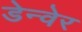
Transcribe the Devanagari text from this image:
डेन्वेर